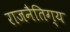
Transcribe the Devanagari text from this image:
राजनैतिग्य